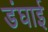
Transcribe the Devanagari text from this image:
डंघाई